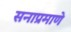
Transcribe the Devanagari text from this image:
सनाप्रमाणे